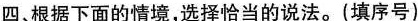
四、根据下面的情境，选择恰当的说法。(填序号)